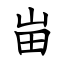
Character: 峀